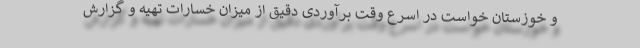
و خوزستان خواست در اسرع وقت برآوردی دقیق از میزان خسارات تهیه و گزارش